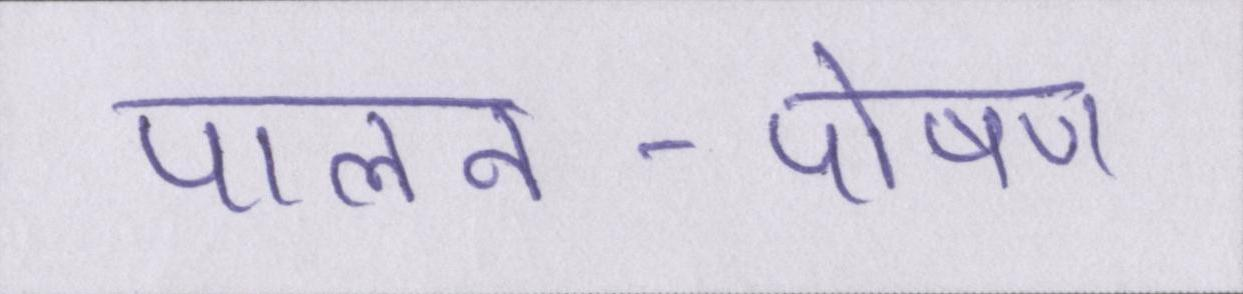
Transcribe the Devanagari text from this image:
पालन-पोषण